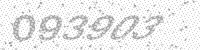
Solution: 093903